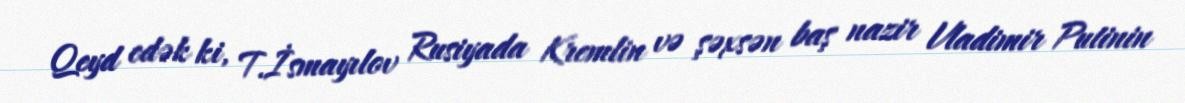
Qeyd edək ki, T.İsmayılov Rusiyada Kremlin və şəxsən baş nazir Vladimir Putinin